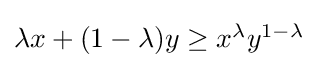
{\textstyle \lambda x+(1-\lambda )y\geq x^{\lambda }y^{1-\lambda }}